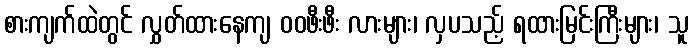
စားကျက်ထဲတွင် လွှတ်ထားနေကျ ဝဝဖီးဖီး လားများ၊ လှပသည့် ရထားမြင်းကြီးများ၊ သူ